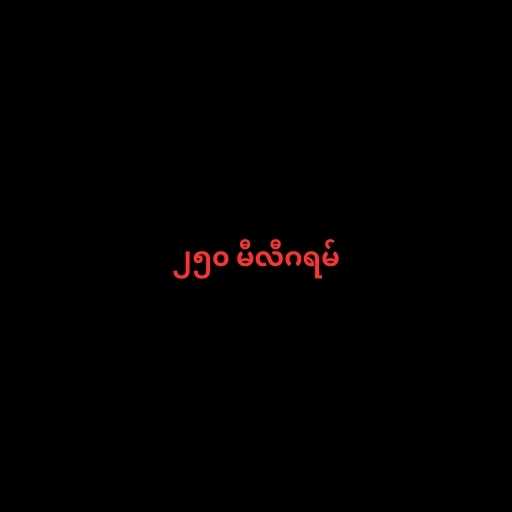
၂၅၀ မီလီဂရမ်